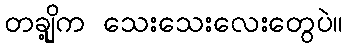
တချို့က သေးသေးလေးတွေပဲ။